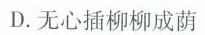
D. 无心插柳柳成荫